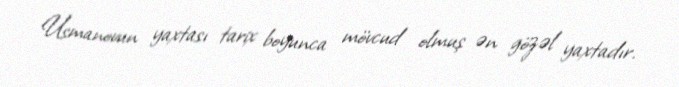
Usmanovun yaxtası tarix boyunca mövcud olmuş ən gözəl yaxtadır.